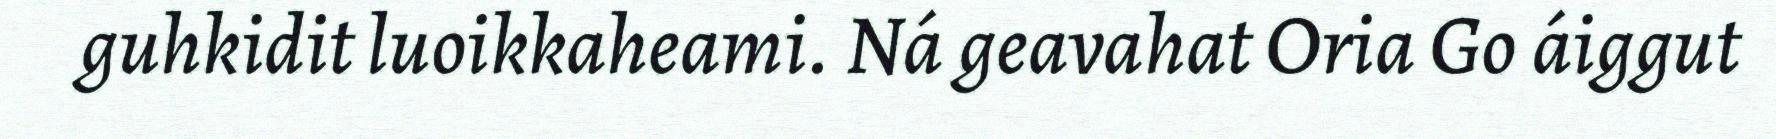
guhkidit luoikkaheami. Ná geavahat Oria Go áiggut